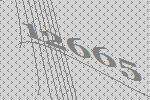
12665